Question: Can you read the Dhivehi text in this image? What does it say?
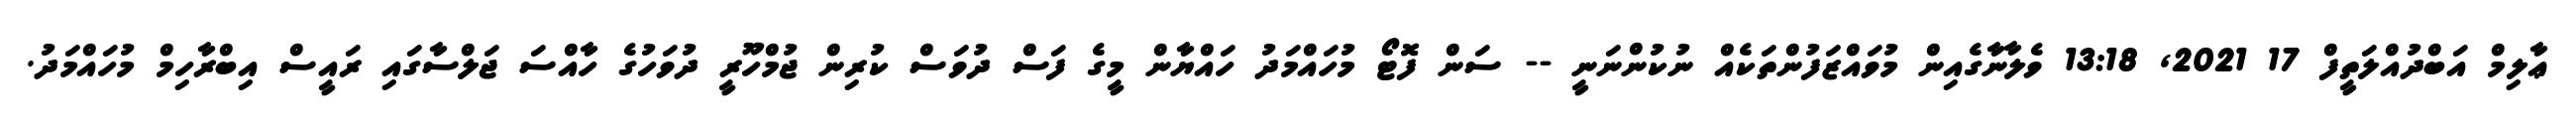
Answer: ޢާލިމް އަބްދުއްލަތީފް 17 2021, 13:18 ވެލާނާގެއިން މުވައްޒަފުންތަކެއް ނުކުންނަނީ -- ސަން ފޮޓޯ މުހައްމަދު ހައްޔާން މީގެ ފަސް ދުވަސް ކުރިން ޖުމްހޫރީ ދުވަހުގެ ހާއްސަ ޖަލްސާގައި ރައީސް އިބްރާހިމް މުހައްމަދު.